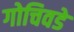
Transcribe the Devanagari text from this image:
गोचिवडे